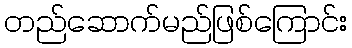
တည်ဆောက်မည်ဖြစ်ကြောင်း